Rangoon Lunatic Asylum 1898-1906 - 1898-1906
Year: 1898
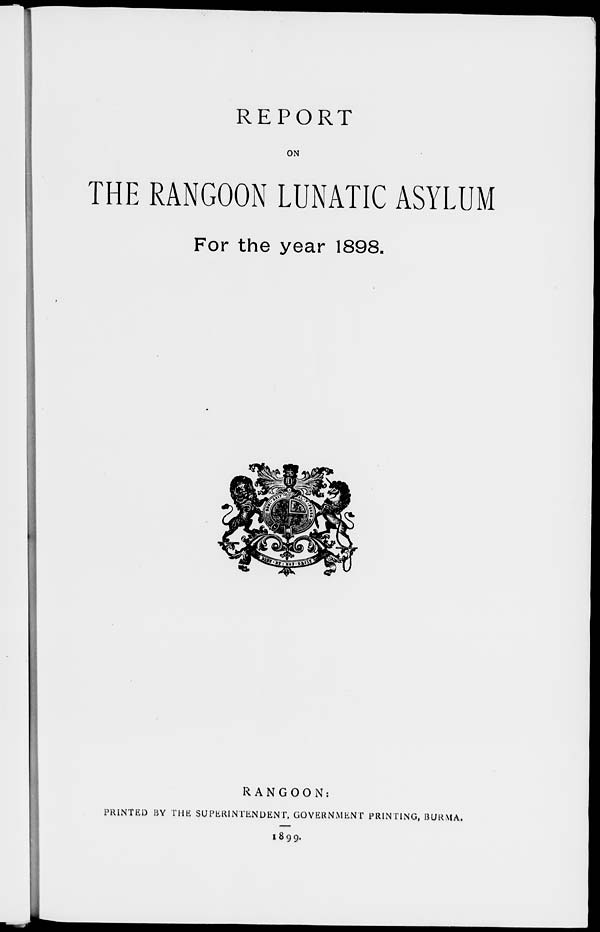
REPORT
ON
THE RANGOON LUNATIC ASYLUM
For the year 1898.
RANGOON:
PRINTED BY THE SUPERINTENDENT, GOVERNMENT PRINTING, BURMA.
1899.